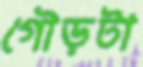
গৌড়টা